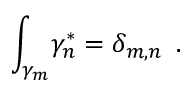
{ \int _ { \gamma _ { m } } } { \gamma _ { n } ^ { \ast } } = { \delta _ { m , n } } \, \, \, .